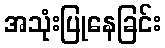
အသုံးပြုနေခြင်း